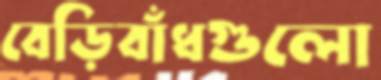
বেড়িবাঁধগুলো